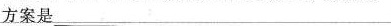
方案是_______________________________